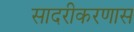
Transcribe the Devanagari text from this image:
सादरीकरणास